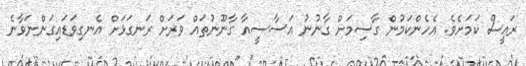
ރައީސް ކަމަށެވެ. އެހެންކަމުން ގާސިމަށް ގާނުނު އަސާސީއާ ގާނޫނުތައް ވަރަށް ރަނގަޅަށް އެނގިވަޑައިގަންނަވާނެ